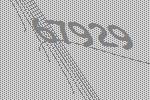
67929